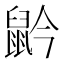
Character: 䶃